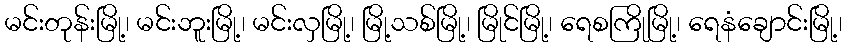
မင်းတုန်းမြို့၊ မင်းဘူးမြို့၊ မင်းလှမြို့၊ မြို့သစ်မြို့၊ မြိုင်မြို့၊ ရေစကြိုမြို့၊ ရေနံချောင်းမြို့၊